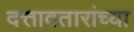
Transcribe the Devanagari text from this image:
दत्तावतारांच्या